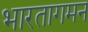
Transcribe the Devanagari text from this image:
भारतागमन